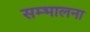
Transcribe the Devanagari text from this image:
सम्भालना